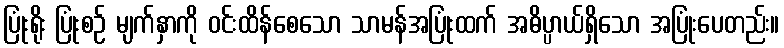
ပြုံးရိုး ပြုံးစဉ် မျက်နှာကို ဝင်းထိန်စေသော သာမန်အပြုံးထက် အဓိပ္ပာယ်ရှိသော အပြုံးပေတည်း။